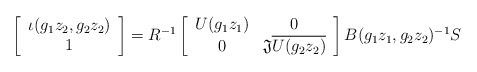
LaTeX: \begin{align*}\left[\begin{array}{c}\iota(g_1z_2,g_2z_2)\\1\end{array}\right]=R^{-1}\left[\begin{array}{cc}U(g_1z_1) & 0\\0 & \mathfrak{J}\overline{U(g_2z_2)}\end{array}\right]B(g_1z_1,g_2z_2)^{-1}S\end{align*}